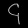
Digit: ၄